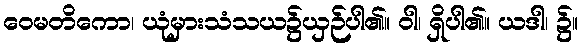
ဝေမတိကော၊ ယုံမှားသံသယ၌ယှဉ်ပါ၏။ ဝါ၊ ရှိပါ၏။ ယဒါ၊ ၌။